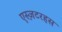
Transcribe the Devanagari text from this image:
एस्ज़टरहस